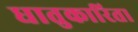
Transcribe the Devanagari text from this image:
धातुकारिता